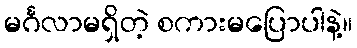
မင်္ဂလာမရှိတဲ့ စကားမပြောပါနဲ့။